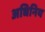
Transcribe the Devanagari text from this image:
अधिनिय